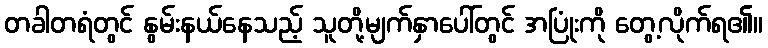
တခါတရံတွင် နွမ်းနယ်နေသည့် သူတို့မျက်နှာပေါ်တွင် အပြုံးကို တွေ့လိုက်ရ၏။